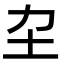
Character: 𡉂